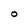
Character: O